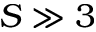
S \gg 3